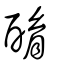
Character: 酳